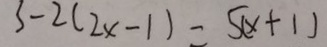
3 - 2 ( 2 x - 1 ) = 5 ( x + 1 )